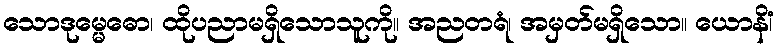
သောဒုမ္မေဓော၊ ထိုပညာမရှိသောသူကို။ အညတရံ၊ အမှတ်မရှိသော။ ယောနိံ၊